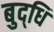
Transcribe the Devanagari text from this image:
बुद्‌धि